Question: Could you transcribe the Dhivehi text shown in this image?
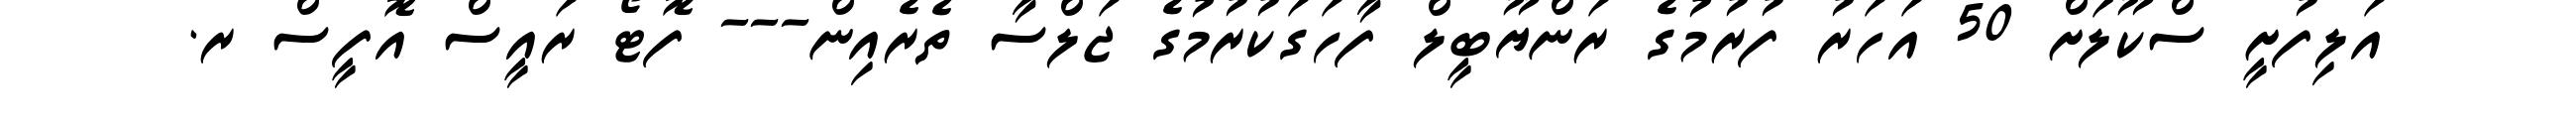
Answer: އަލިފުށީ ސްކޫލަށް 50 އަހަރު ފުރުމުގެ ރަންޔޫބީލް ފާހަގަކުރުމުގެ ޖަލްސާ ތެރެއިން--- ފޮޓޯ ރައީސް އޮފީސް ރ.